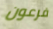
فرعون